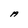
Character: A